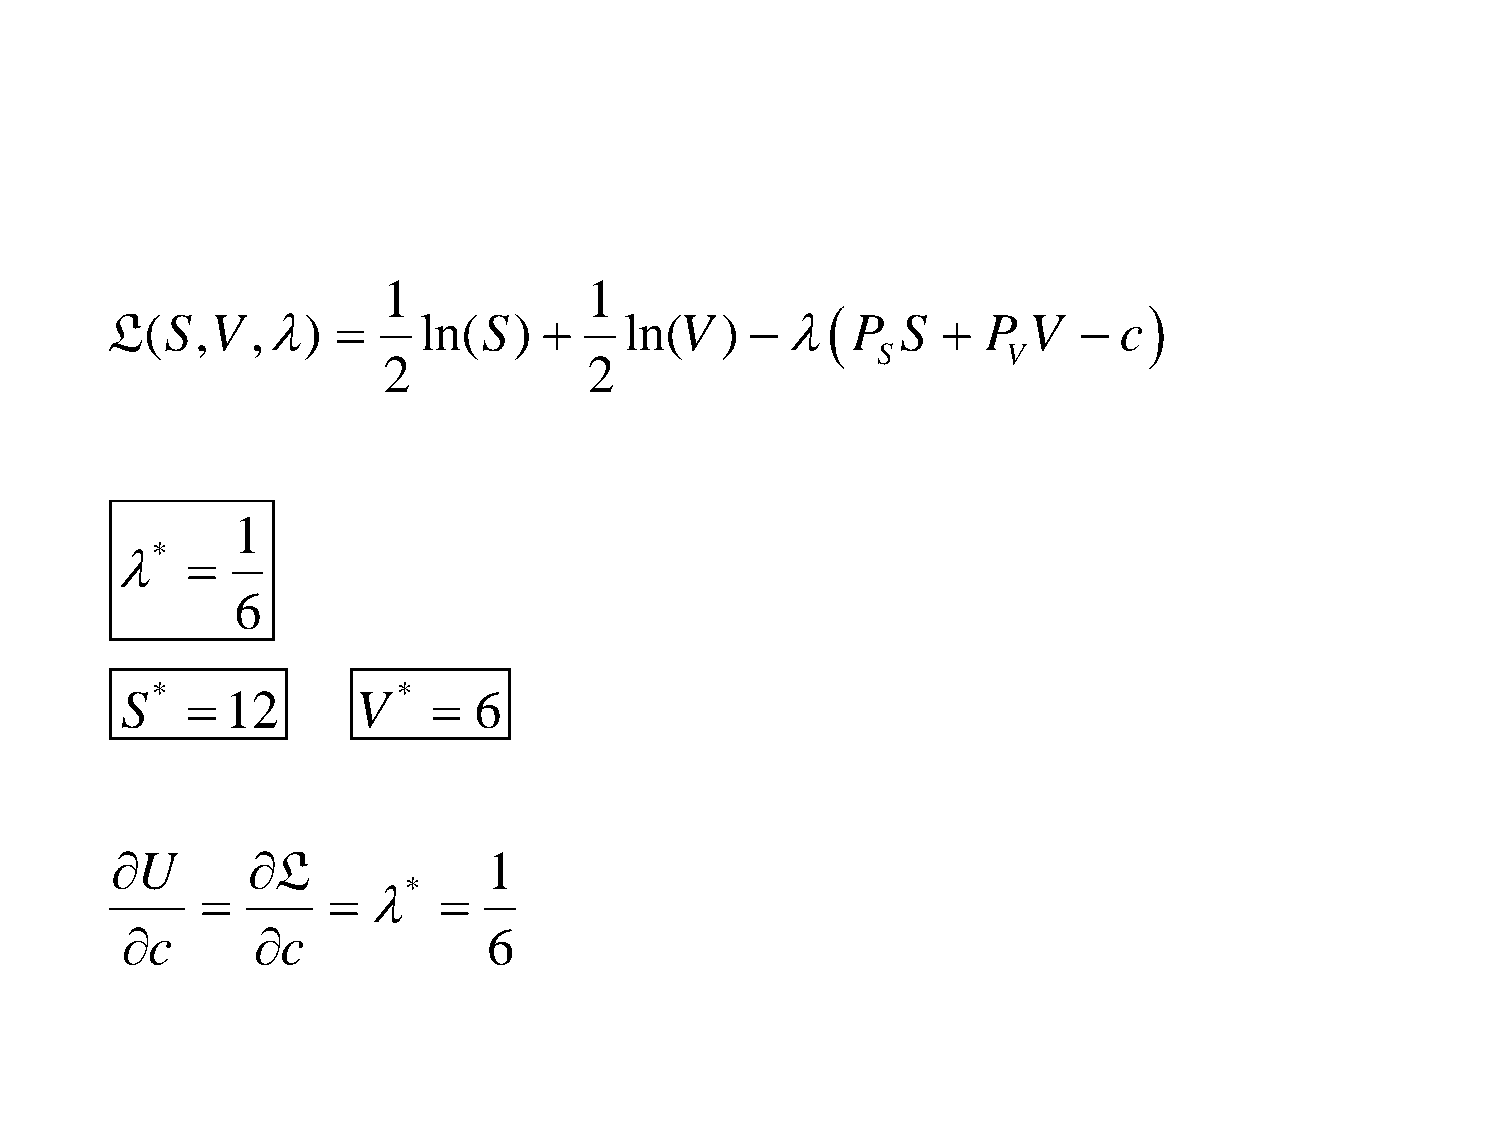
1             1
                     
 L(S,V     ,)       ln(S)       ln(V   )     P   S   P  V    c
 S        V
 2             2
 1
 *  
 6
 *               *
 S     12       V     6
 U       L              1
 *
              
 c       c             6